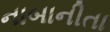
નાબાનીતા